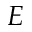
E